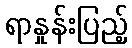
ရာနှုန်းပြည့်